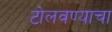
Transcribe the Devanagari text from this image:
टोलवण्याचा